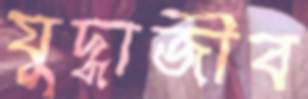
যুদ্ধাজীব